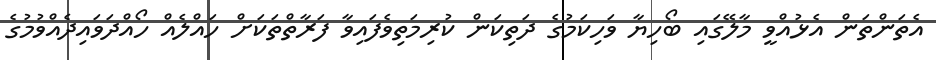
އެތަންތަން އެޅުއްވީ މާލޭގައި ބޯހިޔާ ވަހިކަމުގެ ދަތިކަން ކުރިމަތިވެފައިވާ ފަރާތްތަކަށް ހައްލެއް ހޯއްދަވައިދެއްވުމުގެ